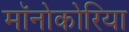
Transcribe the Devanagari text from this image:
मॉनोकोरिया